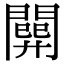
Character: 𨶘